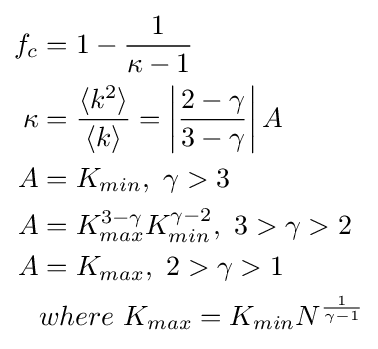
{\begin{aligned}f_{c}&=1-{\frac {1}{\kappa -1}}\\\kappa &={\frac {\langle k^{2}\rangle }{\langle k\rangle }}=\left|{\frac {2-\gamma }{3-\gamma }}\right|A\\A&=K_{min},~\gamma >3\\A&=K_{max}^{3-\gamma }K_{min}^{\gamma -2},~3>\gamma >2\\A&=K_{max},~2>\gamma >1\\&where~K_{max}=K_{min}N^{\frac {1}{\gamma -1}}\end{aligned}}